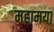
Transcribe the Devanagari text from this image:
महामया